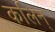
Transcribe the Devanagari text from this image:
कलिन्